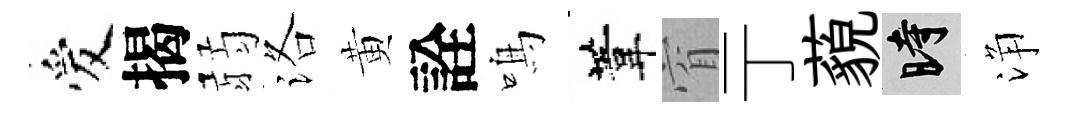
爱揭弱洛黄詮鳴葦窅亍藐时浄